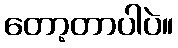
တော့တာပါပဲ။